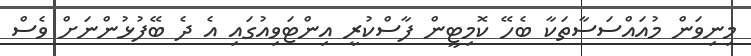
މިނިވަން މުއައްސަސާތަކާ ބެހޭ ކޮމިޓީން ފާސްކުރީ އިންޓަވިއުގައި އެ ދެ ބޭފުޅުންނަށް ވެސް